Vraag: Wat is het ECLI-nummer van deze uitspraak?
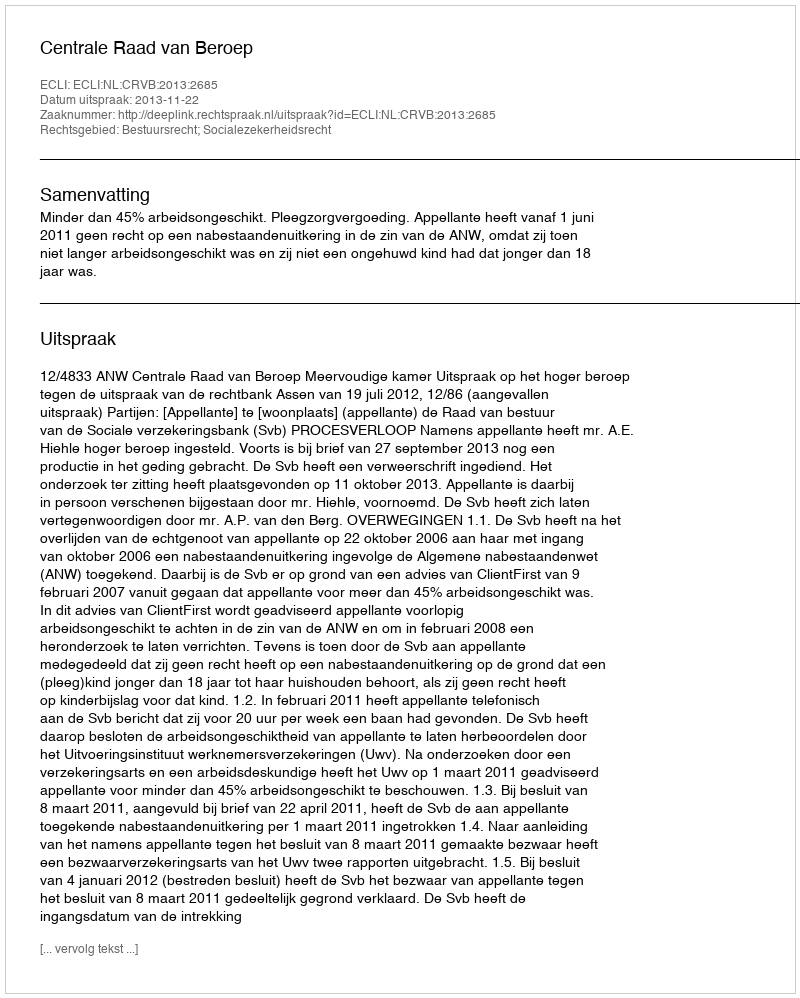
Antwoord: ECLI:NL:CRVB:2013:2685